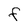
Character: f